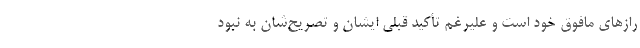
رازهاي مافوق خود است و عليرغم تأكيد قبلي ايشان و تصريح‌شان به نبود